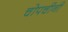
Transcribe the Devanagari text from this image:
चोपचीनी